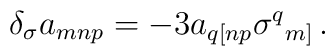
\delta_{\sigma}a_{mnp}=-3a_{q[np}\sigma^{q}{}_{m]}\, .